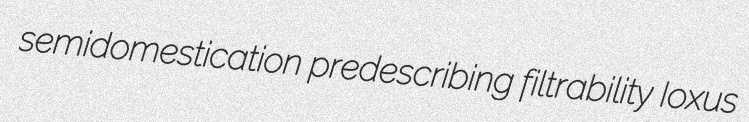
semidomestication predescribing filtrability Ioxus